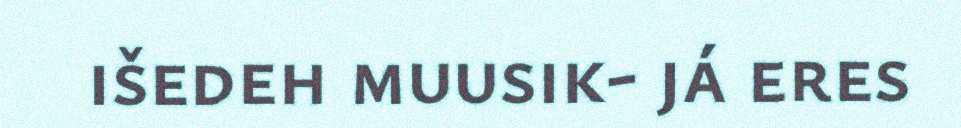
išedeh muusik- já eres